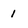
Character: 1